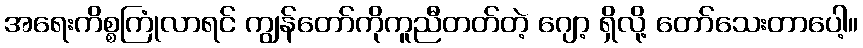
အရေးကိစ္စကြုံလာရင် ကျွန်တော်ကိုကူညီတတ်တဲ့ ဂျော့ ရှိလို့ တော်သေးတာပေါ့။